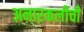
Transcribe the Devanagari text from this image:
अनारकलीची